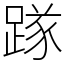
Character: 䠔